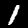
Label: 1